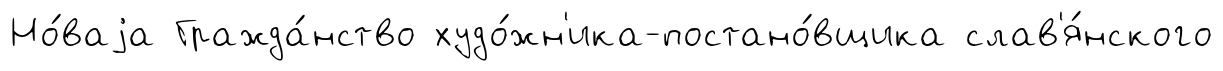
Но́ваjа Гражда́нство худо́жн'ика-постано́вщика слав'я́нского